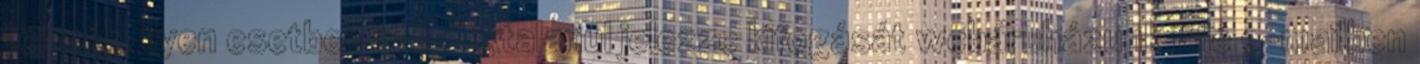
termék. Ilyen esetben haladéktalanul jelezze kifogását webáruházunk felé e-mailben